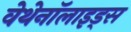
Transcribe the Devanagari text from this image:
वेथेनॉलाइड्स